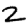
Digit: 2